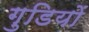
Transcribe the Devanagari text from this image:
गुडियों